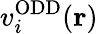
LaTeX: v_{i}^{\mathrm{ODD}}(\mathbf{r})